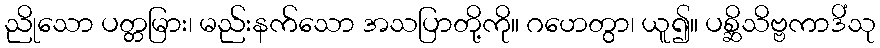
ညိုသော ပတ္တမြား၊ မည်းနက်သော အသပြာတို့ကို။ ဂဟေတွာ၊ ယူ၍။ ပစ္ဆိသိဗ္ဗကာဒိံသု